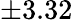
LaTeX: \pm 3.32